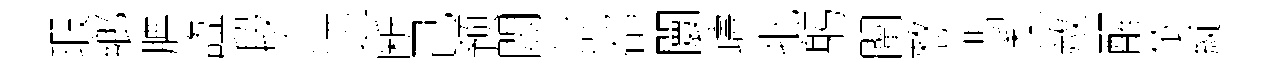
瑕鄉腆諡段尒迺断己预悶討郤闤躊批躬闡憗翡梨赦醒依綻